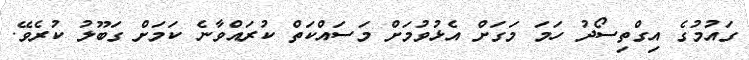
ގައުމުގެ އިގްތިސޯދު ހަމަ މަގަށް އެޅުވުމަށް މަސައްކަތް ކުރައްވާނެ ކަމަށް ގަބޫލު ކުރެވޭ.